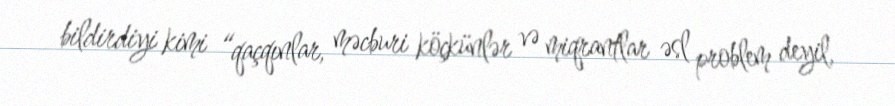
bildirdiyi kimi “qaçqınlar, məcburi köçkünlər və miqrantlar əsl problem deyil,